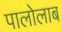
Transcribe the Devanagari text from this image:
पालोलाब